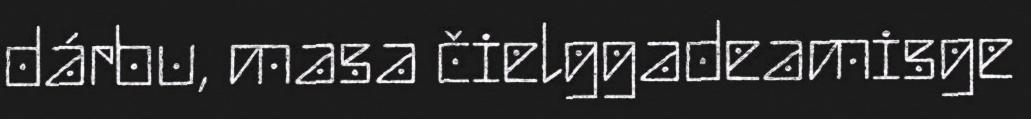
dárbu, masa čielggadeamisge